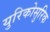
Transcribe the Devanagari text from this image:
युरिकोसुरिक